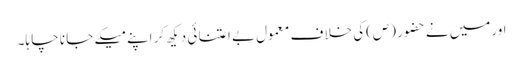
اورمیں نے حضو ر (ص)کی خلا ف معمول بے اعتنا ئی دیکھ کر اپنے میکے جا نا چا ہا۔